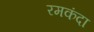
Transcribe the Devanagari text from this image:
रमकंदा